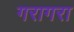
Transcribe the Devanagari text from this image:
गरागरा